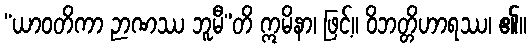
“ယာဝတိကာ ဉာဏဿ ဘူမီ”တိ ဣမိနာ၊ ဖြင့်။ ဝိဘတ္တိဟာရဿ၊ ၏။